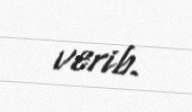
verib.